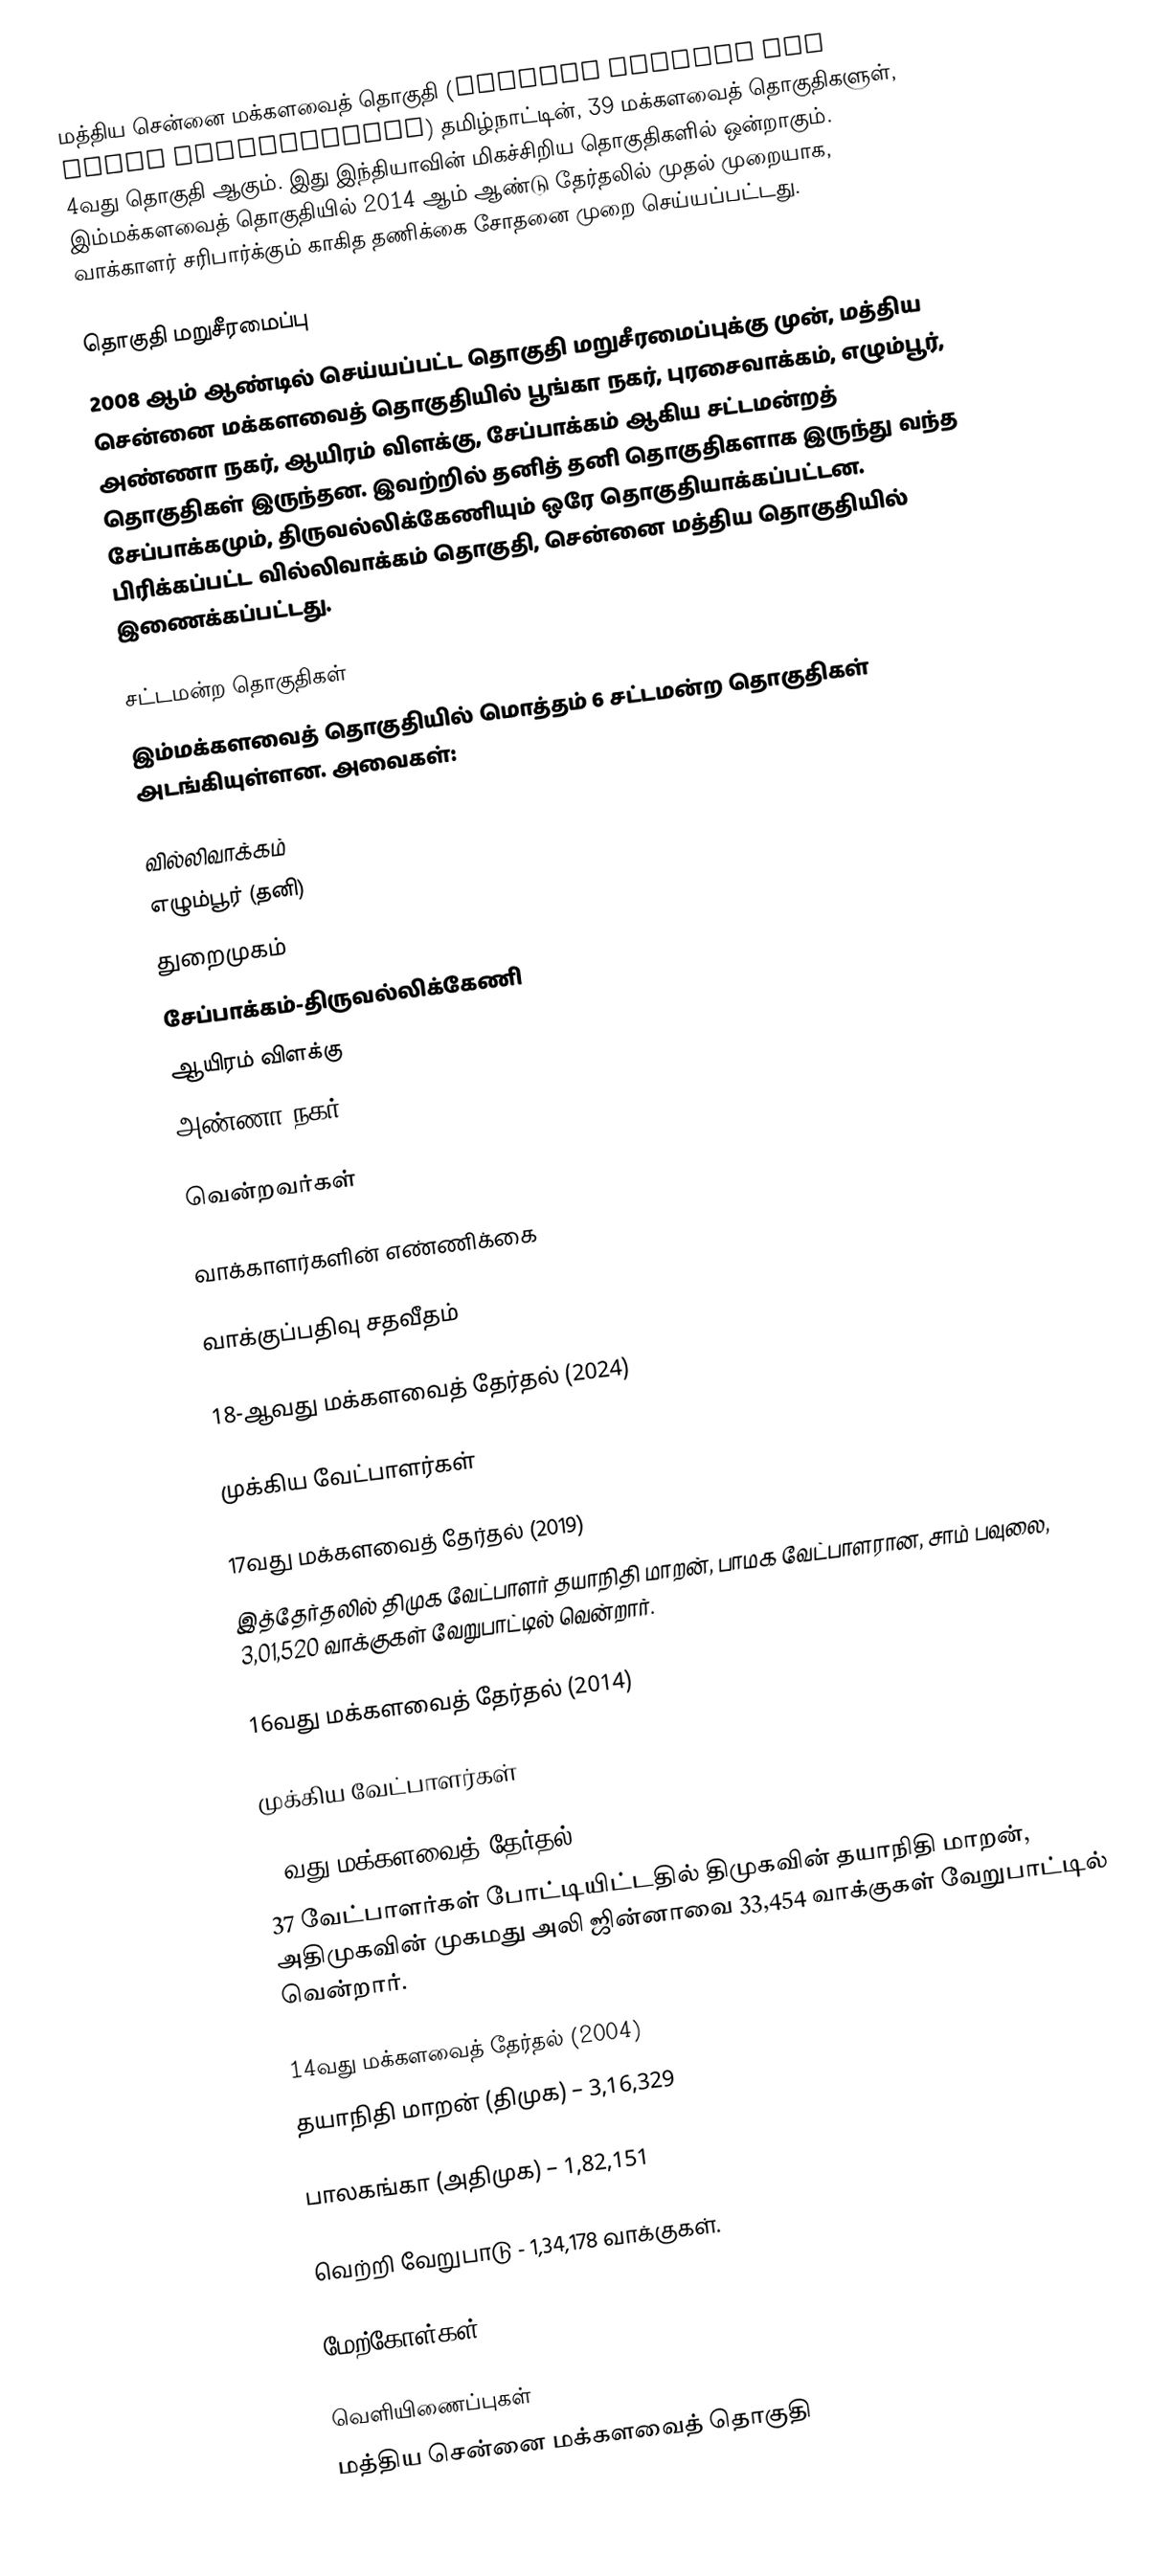
மத்திய சென்னை மக்களவைத் தொகுதி (Chennai Central Lok Sabha constituency) தமிழ்நாட்டின், 39 மக்களவைத் தொகுதிகளுள், 4வது தொகுதி ஆகும். இது இந்தியாவின் மிகச்சிறிய தொகுதிகளில் ஒன்றாகும். இம்மக்களவைத் தொகுதியில் 2014 ஆம் ஆண்டு தேர்தலில் முதல் முறையாக, வாக்காளர் சரிபார்க்கும் காகித தணிக்கை சோதனை முறை செய்யப்பட்டது.

தொகுதி மறுசீரமைப்பு
2008 ஆம் ஆண்டில் செய்யப்பட்ட தொகுதி மறுசீரமைப்புக்கு முன், மத்திய சென்னை மக்களவைத் தொகுதியில் பூங்கா நகர், புரசைவாக்கம், எழும்பூர், அண்ணா நகர், ஆயிரம் விளக்கு, சேப்பாக்கம் ஆகிய சட்டமன்றத் தொகுதிகள் இருந்தன. இவற்றில் தனித் தனி தொகுதிகளாக இருந்து வந்த சேப்பாக்கமும், திருவல்லிக்கேணியும் ஒரே தொகுதியாக்கப்பட்டன. பிரிக்கப்பட்ட வில்லிவாக்கம் தொகுதி, சென்னை மத்திய தொகுதியில் இணைக்கப்பட்டது.

சட்டமன்ற தொகுதிகள்
இம்மக்களவைத் தொகுதியில் மொத்தம் 6 சட்டமன்ற தொகுதிகள் அடங்கியுள்ளன. அவைகள்:

 வில்லிவாக்கம்
 எழும்பூர் (தனி)
 துறைமுகம்
 சேப்பாக்கம்-திருவல்லிக்கேணி
 ஆயிரம் விளக்கு
 அண்ணா நகர்

வென்றவர்கள்

வாக்காளர்களின் எண்ணிக்கை

வாக்குப்பதிவு சதவீதம்

18-ஆவது மக்களவைத் தேர்தல் (2024)

முக்கிய வேட்பாளர்கள்

17வது மக்களவைத் தேர்தல் (2019)
இத்தேர்தலில் திமுக வேட்பாளர் தயாநிதி மாறன், பாமக வேட்பாளரான, சாம் பவுலை, 3,01,520 வாக்குகள் வேறுபாட்டில் வென்றார்.

16வது மக்களவைத் தேர்தல் (2014)

முக்கிய வேட்பாளர்கள்

15வது மக்களவைத் தேர்தல் (2009)
37 வேட்பாளர்கள் போட்டியிட்டதில் திமுகவின் தயாநிதி மாறன், அதிமுகவின் முகமது அலி ஜின்னாவை 33,454 வாக்குகள் வேறுபாட்டில் வென்றார்.

14வது மக்களவைத் தேர்தல் (2004)
தயாநிதி மாறன் (திமுக) – 3,16,329

பாலகங்கா (அதிமுக) – 1,82,151

வெற்றி வேறுபாடு - 1,34,178 வாக்குகள்.

மேற்கோள்கள்

வெளியிணைப்புகள்
 மத்திய சென்னை மக்களவைத் தொகுதி